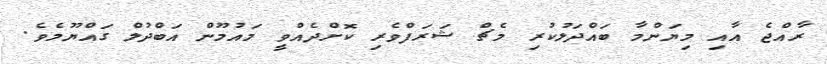
ރާއްޖެ އާއި މިޔަންމާ ބައްދަލުކުރި މެޗް ޝަރަފްވެރި ކޮށްދެއްވީ މައުމޫން އަބްދުލް ގައްޔޫމެވެ.